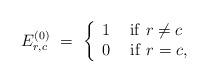
LaTeX: \begin{align*} E^{(0)}_{r,c} \ =\ \left\{ \begin{array}{lr} 1 & \ {\rm if}\ r \neq c\ \\ 0 & \ {\rm if}\ r = c, \end{array} \right.\end{align*}